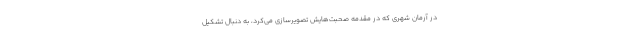
در آرمان شهری که در مقدمه صحبت‌هایش تصویرسازی می‌کرد، به دنبال تشکیل